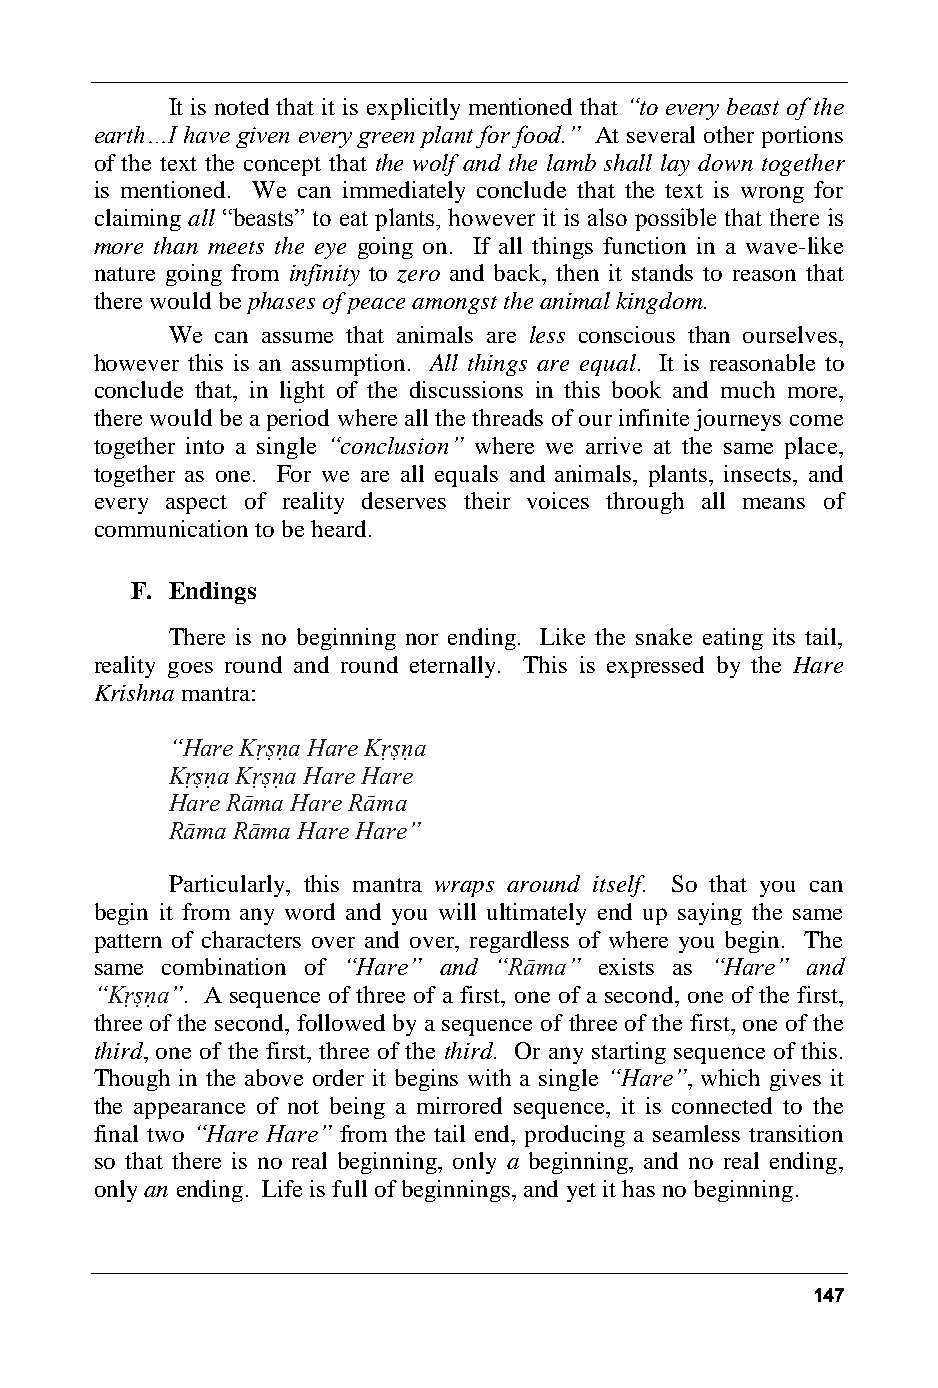
It is noted that it is explicitly mentioned that “to every beast of the
 earth…I have given every green plant for food.” At several other portions
 of the text the concept that the wolf and the lamb shall lay down together
 is mentioned. We can immediately conclude that the text is wrong for
 claiming all “beasts” to eat plants, however it is also possible that there is
 more than meets the eye going on. If all things function in a wave-like
 nature going from infinity to zero and back, then it stands to reason that
 there would be phases of peace amongst the animal kingdom.
 We can assume that animals are less conscious than ourselves,
 however this is an assumption. All things are equal. It is reasonable to
 conclude that, in light of the discussions in this book and much more,
 there would be a period where all the threads of our infinite journeys come
 together into a single “conclusion” where we arrive at the same place,
 together as one. For we are all equals and animals, plants, insects, and
 every aspect of reality deserves their voices through all means of
 communication to be heard.
 F. Endings
 There is no beginning nor ending. Like the snake eating its tail,
 reality goes round and round eternally. This is expressed by the Hare
 Krishna mantra:
 “Hare Kṛṣṇa Hare Kṛṣṇa
 Kṛṣṇa Kṛṣṇa Hare Hare
 Hare Rāma Hare Rāma
 Rāma Rāma Hare Hare”
 Particularly, this mantra wraps around itself. So that you can
 begin it from any word and you will ultimately end up saying the same
 pattern of characters over and over, regardless of where you begin. The
 same combination of “Hare” and “Rāma” exists as “Hare” and
 “Kṛṣṇa”. A sequence of three of a first, one of a second, one of the first,
 three of the second, followed by a sequence of three of the first, one of the
 third, one of the first, three of the third. Or any starting sequence of this.
 Though in the above order it begins with a single “Hare”, which gives it
 the appearance of not being a mirrored sequence, it is connected to the
 final two “Hare Hare” from the tail end, producing a seamless transition
 so that there is no real beginning, only a beginning, and no real ending,
 only an ending. Life is full of beginnings, and yet it has no beginning.
 147